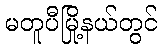
မတူပီမြို့နယ်တွင်